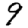
Digit: 9